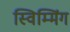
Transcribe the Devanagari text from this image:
स्विम्मिंग